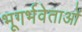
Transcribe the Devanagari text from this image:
भूगर्भवेताओं